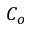
C _ { o }